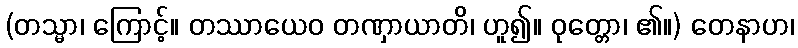
(တသ္မာ၊ ကြောင့်။ တဿာယေဝ တဏှာယာတိ၊ ဟူ၍။ ဝုတ္တော၊ ၏။) တေနာဟ၊